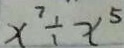
x ^ { 7 } \div x ^ { 5 }